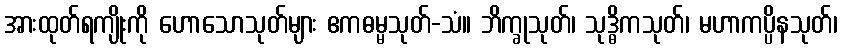
အားထုတ်ရကျိုးကို ဟောသောသုတ်များ ဧကဓမ္မသုတ်-သံ။ ဘိက္ခုသုတ်၊ သုဒ္ဓိကသုတ်၊ မဟာကပ္ပိနသုတ်၊